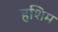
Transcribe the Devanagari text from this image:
हशिम